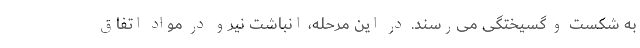
به شکست و گسیختگی می‌رسند. در این مرحله، انباشت نیرو در مواد اتفاق